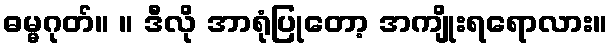
ဓမ္မဂုတ်။ ။ ဒီလို အာရုံပြုတော့ အကျိုးရရောလား။